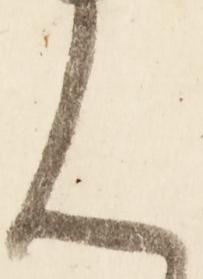
ん